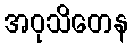
အဝုသိတေန